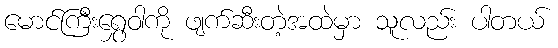
မောင်ကြီးရွှေဝါကို ဖျက်ဆီးတဲ့အထဲမှာ သူလည်း ပါတယ်